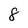
Character: 8